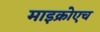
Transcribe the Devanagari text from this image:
माइक्रोएच